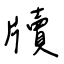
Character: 牘